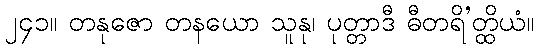
၂၄၁။ တနုဇော တနယော သူနု၊ ပုတ္တာဒီ ဓီတရိ’တ္ထိယံ။